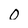
Character: 0